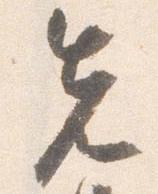
先